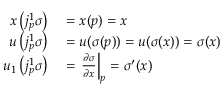
\begin{array} { r l } { x \left( j _ { p } ^ { 1 } \sigma \right) } & { { } = x ( p ) = x } \\ { u \left( j _ { p } ^ { 1 } \sigma \right) } & { { } = u ( \sigma ( p ) ) = u ( \sigma ( x ) ) = \sigma ( x ) } \\ { u _ { 1 } \left( j _ { p } ^ { 1 } \sigma \right) } & { { } = \left. { \frac { \partial \sigma } { \partial x } } \right| _ { p } = \sigma ^ { \prime } ( x ) } \end{array}